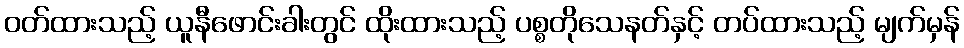
ဝတ်ထားသည့် ယူနီဖောင်းခါးတွင် ထိုးထားသည့် ပစ္စတိုသေနတ်နှင့် တပ်ထားသည့် မျက်မှန်